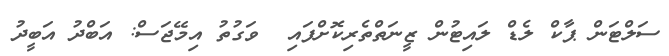
ސަލްޓަން ޕާކް ލެޑް ލައިޓުން ޒީނަތްތެރިކޮށްފައި  ވަގުތު އިމޭޖަސް: އަބްދު އަބީދު